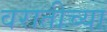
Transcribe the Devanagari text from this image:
वरातीच्या